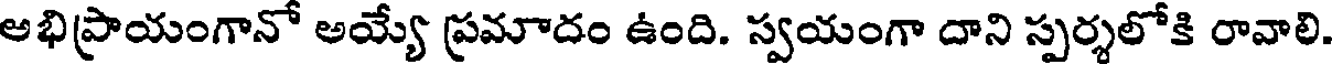
అభిప్రాయంగానో అయ్యే ప్రమాదం ఉంది. స్వయంగా దాని స్పర్శలోకి రావాలి.